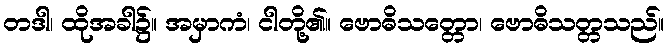
တဒါ၊ ထိုအခါ၌။ အမှာကံ၊ ငါတို့၏။ ဗောဓိသတ္တော၊ ဗောဓိသတ္တသည်။